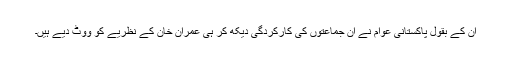
ان کے بقول پاکستانی عوام نے ان جماعتوں کی کارکردگی دیکھ کر ہی عمران خان کے نظریے کو ووٹ دیے ہیں۔